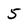
Character: 5